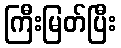
ကြီးမြတ်ပြီး